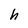
Character: h